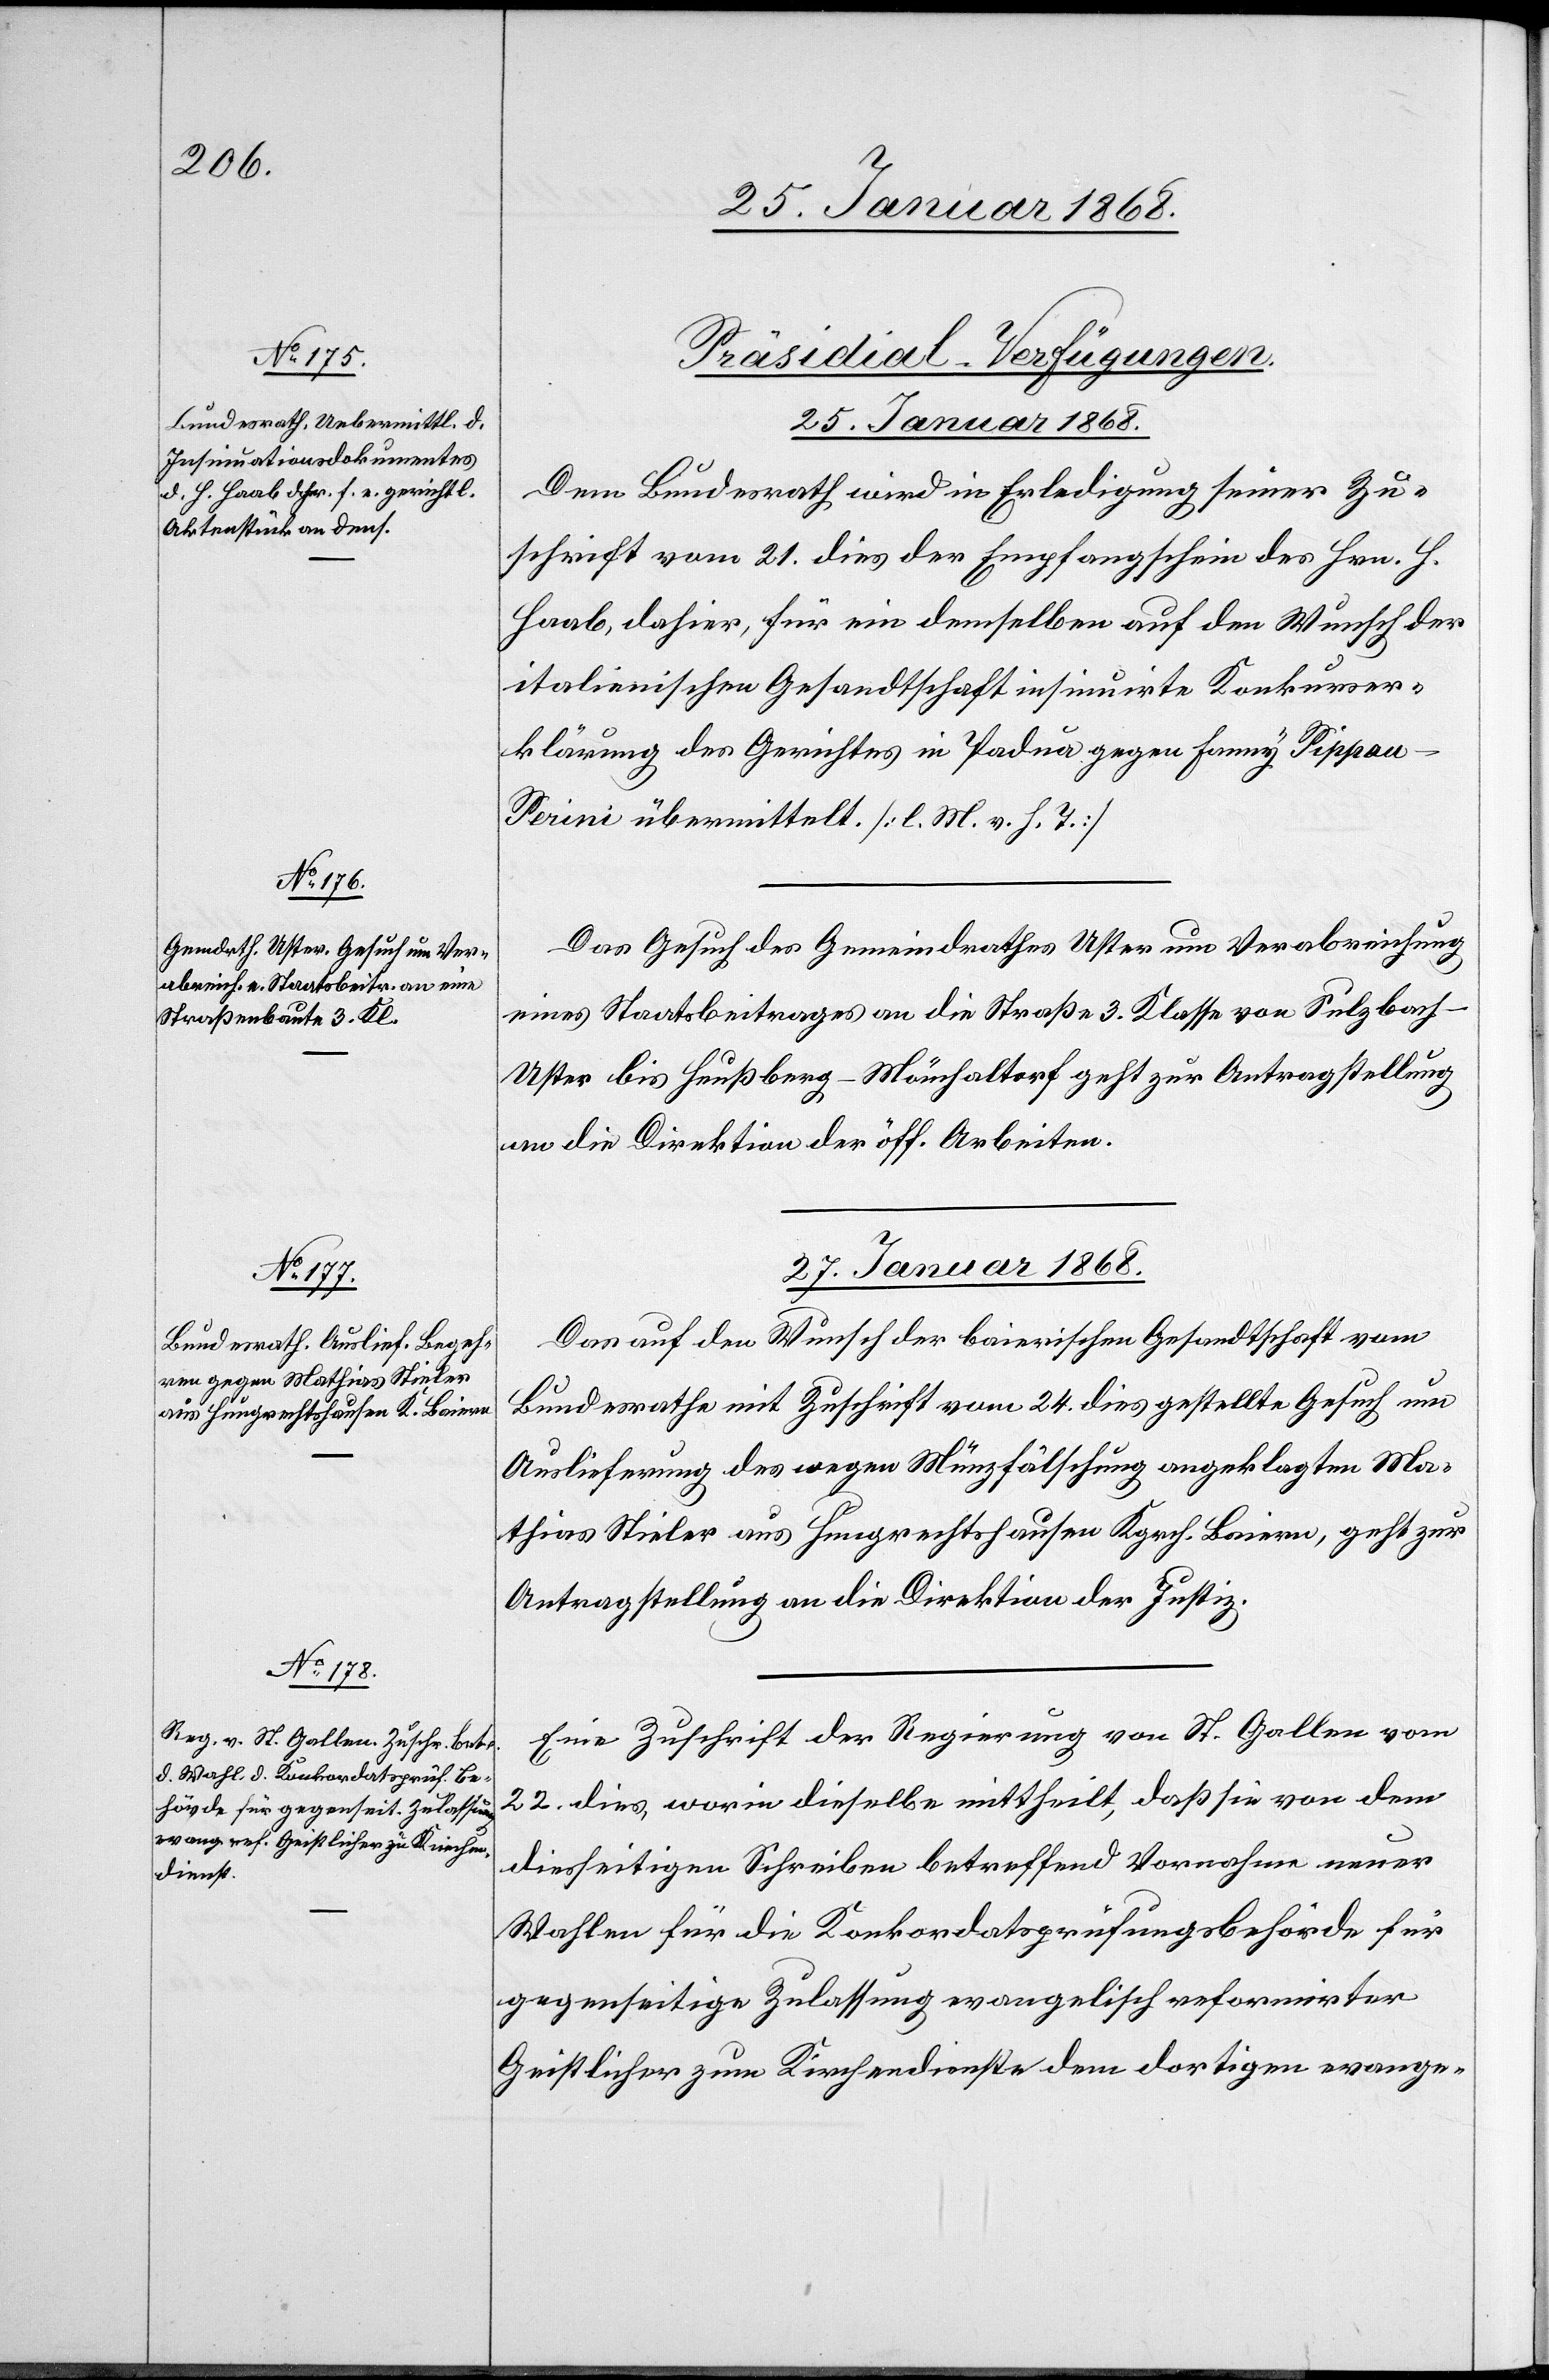
[Präsidial-Verfügungen.
25. Januar 1868.]
Dem Bundesrath wird in Erledigung seiner Zu¬
schrift vom 21. dies der Empfangschein des Hrn. H.
Haab, dahier, für ein demselben auf den Wunsch der
italienischen Gesandtschaft insinuirte Konkurser¬
klärung des Gerichtes in Padua gegen Fanny Pippa¬
u-Perini übermittelt. [l. M. v. h. T.]
Das Gesuch des Gemeindrathes Uster um Verabreichung
eines Staatsbeitrages an die Straße 3. Klasse von Sulzbach-U¬
ster bis Heußberg-Mönchaltorf geht zur Antragstellung
an die Direktion der öff. Arbeiten.
27. Januar 1868.]
Das auf den Wunsch der baierischen Gesandtschaft vom
Bundesrathe mit Zuschrift vom 24. dies gestellte Gesuch um
Auslieferung des wegen Münzfälschung angeklagten Ma¬
thias Stieler aus Hungrechtshausen Kgrch. Baiern, geht zur
Antragstellung an die Direktion der Justiz.
Eine Zuschrift der Regierung von St. Gallen vom
22. dies, worin dieselbe mittheilt, daß sie von dem
diesseitigen Schreiben betreffend Vornahme neuer
Wahlen für die Konkordatsprüfungsbehörde für
gegenseitige Zulassung evangelisch reformirter
Geistlicher zum Kirchendienste dem dortigen evange-